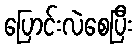
ပြောင်းလဲစေပြီး